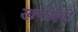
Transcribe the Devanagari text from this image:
खगोली